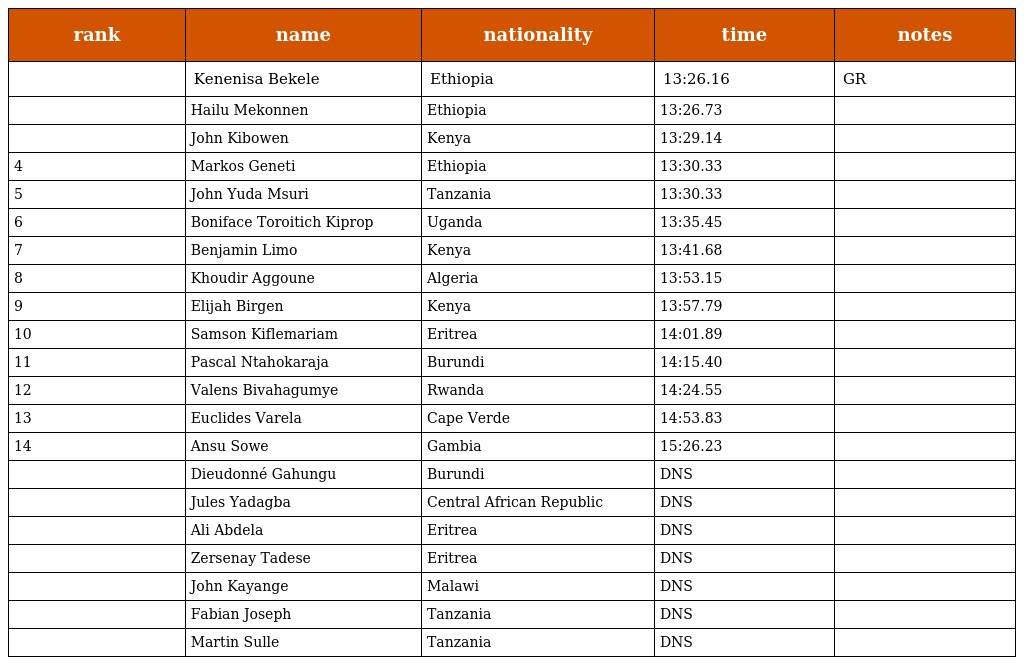
| rank | name | nationality | time | notes |
 | --- | --- | --- | --- | --- |
 |  | Kenenisa Bekele | Ethiopia | 13:26.16 | GR |
 |  | Hailu Mekonnen | Ethiopia | 13:26.73 |  |
 |  | John Kibowen | Kenya | 13:29.14 |  |
 | 4 | Markos Geneti | Ethiopia | 13:30.33 |  |
 | 5 | John Yuda Msuri | Tanzania | 13:30.33 |  |
 | 6 | Boniface Toroitich Kiprop | Uganda | 13:35.45 |  |
 | 7 | Benjamin Limo | Kenya | 13:41.68 |  |
 | 8 | Khoudir Aggoune | Algeria | 13:53.15 |  |
 | 9 | Elijah Birgen | Kenya | 13:57.79 |  |
 | 10 | Samson Kiflemariam | Eritrea | 14:01.89 |  |
 | 11 | Pascal Ntahokaraja | Burundi | 14:15.40 |  |
 | 12 | Valens Bivahagumye | Rwanda | 14:24.55 |  |
 | 13 | Euclides Varela | Cape Verde | 14:53.83 |  |
 | 14 | Ansu Sowe | Gambia | 15:26.23 |  |
 |  | Dieudonné Gahungu | Burundi | DNS |  |
 |  | Jules Yadagba | Central African Republic | DNS |  |
 |  | Ali Abdela | Eritrea | DNS |  |
 |  | Zersenay Tadese | Eritrea | DNS |  |
 |  | John Kayange | Malawi | DNS |  |
 |  | Fabian Joseph | Tanzania | DNS |  |
 |  | Martin Sulle | Tanzania | DNS |  |